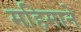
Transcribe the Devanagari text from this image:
महिमाने